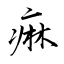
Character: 痳